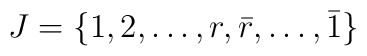
J=\{ 1,2,\dots,r,\bar{r},\dots,\bar{1} \}